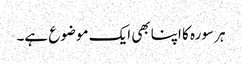
ہر سورہ کا اپنا بھی ایک موضوع ہے۔